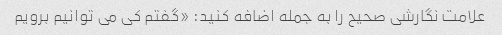
علامت نگارشی صحیح را به جمله اضافه کنید: «گفتم کی می توانیم برویم